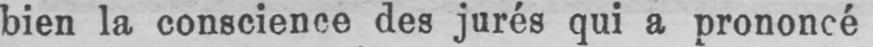
bien la conscience des jurés qui a prononcé